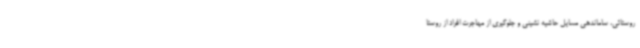
روستائی، ساماندهی مسایل حاشیه نشینی و جلوگیری از مهاجرت افراد از روستا